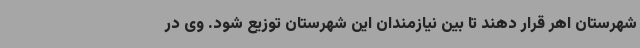
شهرستان اهر قرار دهند تا بین نیازمندان این شهرستان توزیع شود. وی در